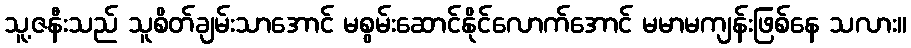
သူ့ဇနီးသည် သူစိတ်ချမ်းသာအောင် မစွမ်းဆောင်နိုင်လောက်အောင် မမာမကျန်းဖြစ်နေ သလား။